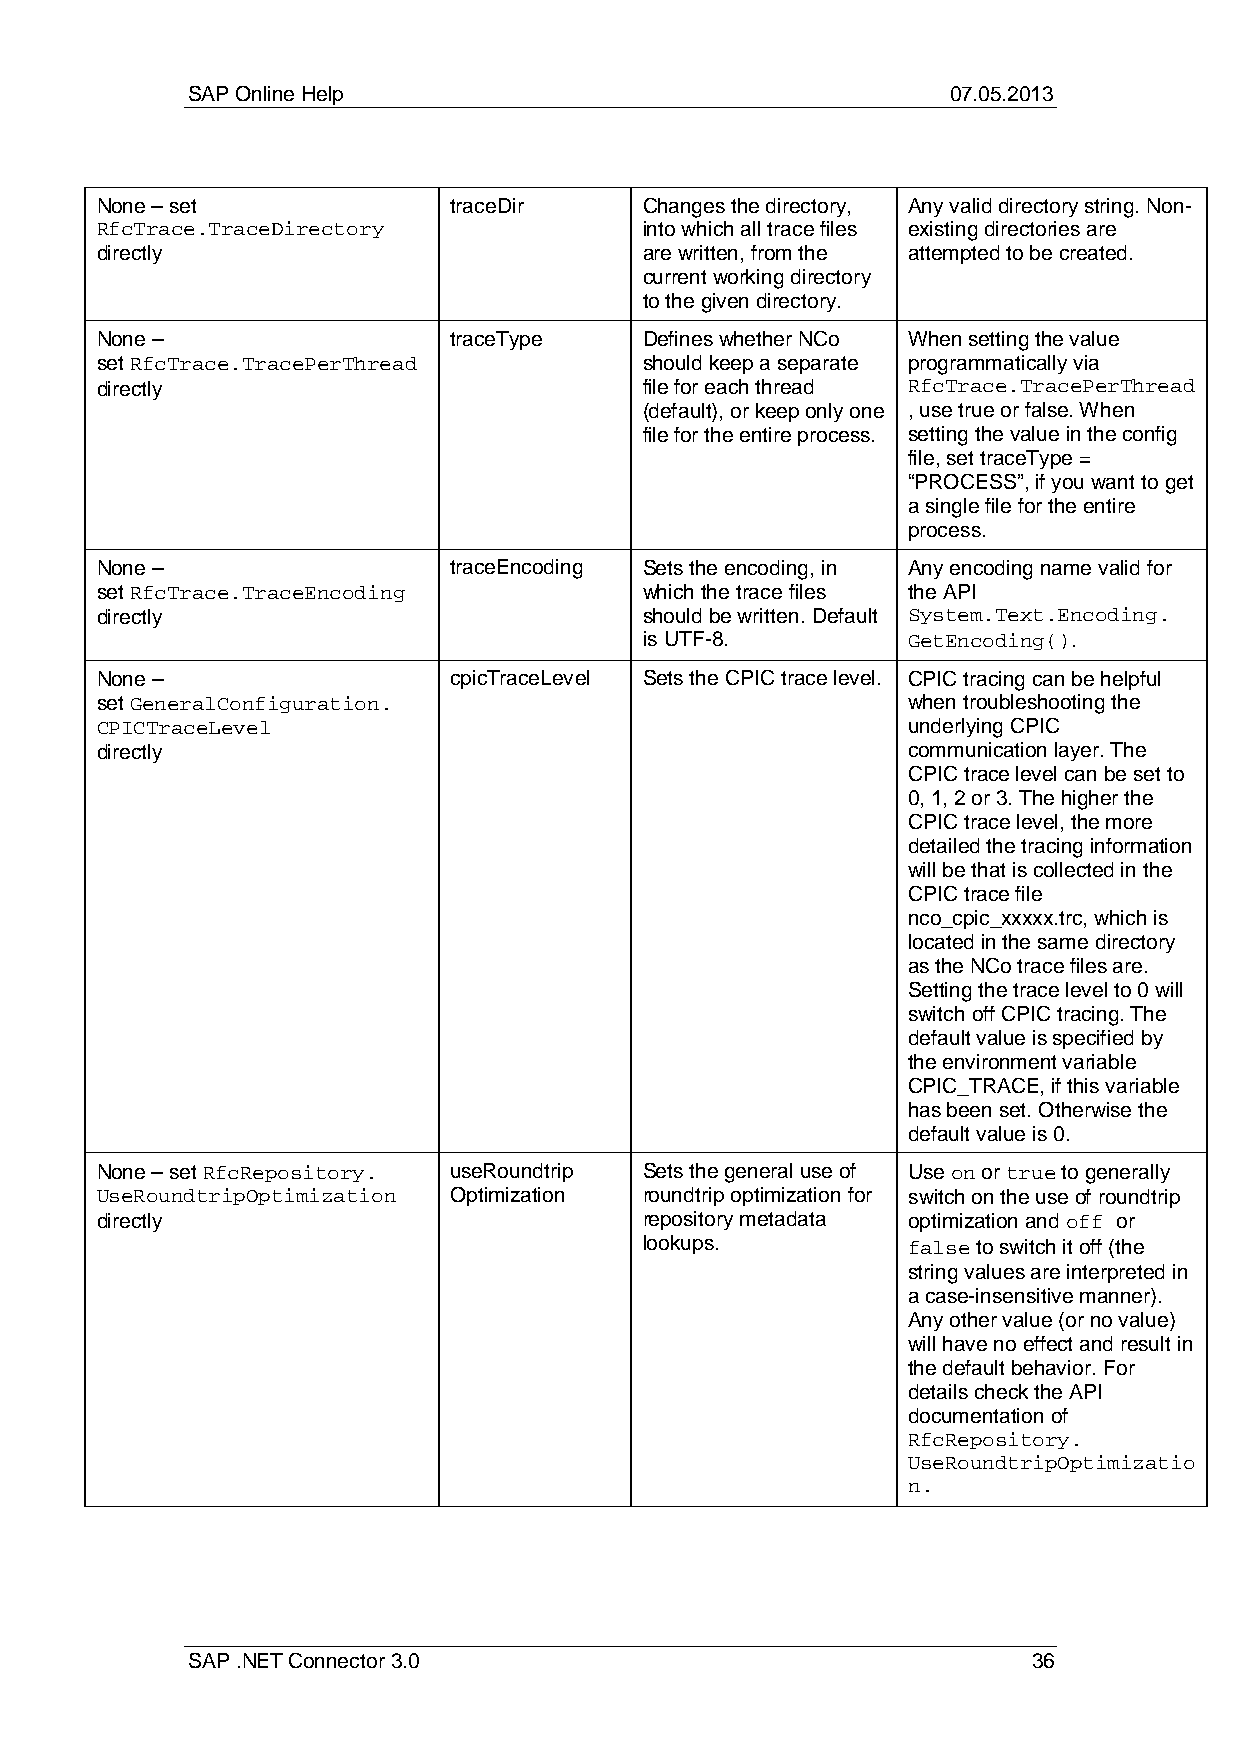
SAP Online Help                                    07.05.2013
 None – set              traceDir     Changes the directory, Any valid directory string. Non-
 RfcTrace.TraceDirectory              into which all trace files existing directories are
 directly                             are written, from the attempted to be created.
 current working directory
 to the given directory.
 None –                  traceType    Defines whether NCo When setting the value
 set RfcTrace.TracePerThread          should keep a separate programmatically via
 directly                             file for each thread RfcTrace.TracePerThread
 (default), or keep only one , use true or false. When
 file for the entire process. setting the value in the config
 file, set traceType =
 “PROCESS”, if you want to get
 a single file for the entire
 process.
 None –                  traceEncoding Sets the encoding, in Any encoding name valid for
 set RfcTrace.TraceEncoding           which the trace files the API
 directly                             should be written. Default System.Text.Encoding.
 is UTF-8.        GetEncoding().
 None –                  cpicTraceLevel Sets the CPIC trace level. CPIC tracing can be helpful
 set GeneralConfiguration.                             when troubleshooting the
 CPICTraceLevel                                        underlying CPIC
 directly                                              communication layer. The
 CPIC trace level can be set to
 0, 1, 2 or 3. The higher the
 CPIC trace level, the more
 detailed the tracing information
 will be that is collected in the
 CPIC trace file
 nco_cpic_xxxxx.trc, which is
 located in the same directory
 as the NCo trace files are.
 Setting the trace level to 0 will
 switch off CPIC tracing. The
 default value is specified by
 the environment variable
 CPIC_TRACE, if this variable
 has been set. Otherwise the
 default value is 0.
 None – set RfcRepository. useRoundtrip Sets the general use of Use on or true to generally
 UseRoundtripOptimization Optimization roundtrip optimization for switch on the use of roundtrip
 directly                             repository metadata optimization and off or
 lookups.         false to switch it off (the
 string values are interpreted in
 a case-insensitive manner).
 Any other value (or no value)
 will have no effect and result in
 the default behavior. For
 details check the API
 documentation of
 RfcRepository.
 UseRoundtripOptimizatio
 n.
 SAP .NET Connector 3.0                                  36